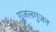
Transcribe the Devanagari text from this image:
गजलगुंजन